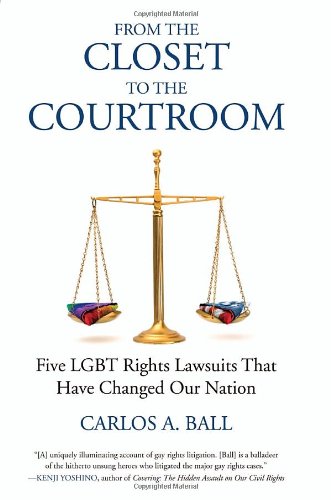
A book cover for From the Closet to the Courtroom: Five LGBT Rights Lawsuits That Have Changed Our Nation (Queer Ideas/Queer Action); Carlos A. Ball; Law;